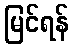
မြင်ရန်